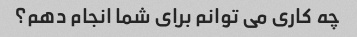
چه کاری می توانم برای شما انجام دهم؟